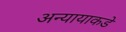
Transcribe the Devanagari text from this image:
अन्यायाकडे